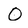
Character: O